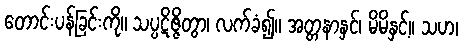
တောင်းပန်ခြင်းကို။ သပ္ပဋိဇ္ဇိတွာ၊ လက်ခံ၍။ အတ္တနာနှင်၊ မိမိနှင့်။ သဟ၊